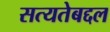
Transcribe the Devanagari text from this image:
सत्यतेबद्दल